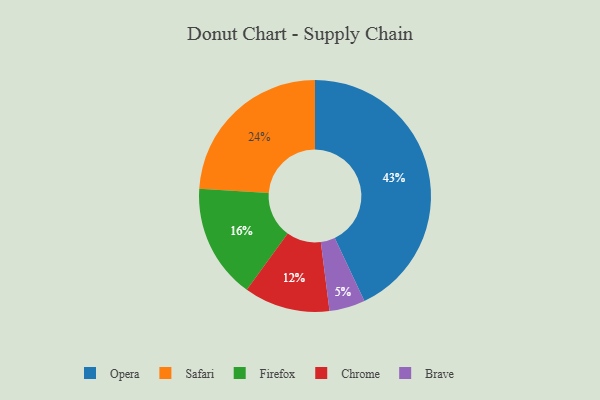
{"axis": {"x": "Category", "y": "Percentage"}, "legend": ["Brave", "Chrome", "Firefox", "Opera", "Safari"], "data": [{"x": "Brave", "y": 5, "type": "Brave"}, {"x": "Chrome", "y": 12, "type": "Chrome"}, {"x": "Safari", "y": 24, "type": "Safari"}, {"x": "Opera", "y": 43, "type": "Opera"}, {"x": "Firefox", "y": 16, "type": "Firefox"}]}